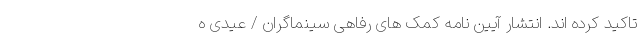
تاکید کرده اند. انتشار آیین نامه کمک های رفاهی سینماگران / عیدی ه